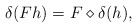
\begin{align*}\delta(Fh)=F\diamond \delta(h),\end{align*}